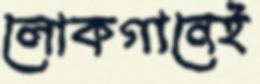
লোকগানেই